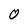
Character: O